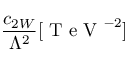
\frac { c _ { 2 W } } { \Lambda ^ { 2 } } [ \mathrm { ~ T ~ e ~ V ~ } ^ { - 2 } ]